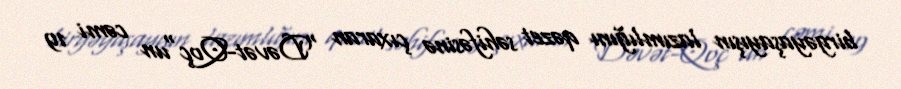
birgəyaşayışın lazımlığını qəzet səhifəsinə çıxaran "Dəvət-Qoç"un cəmi 19